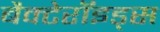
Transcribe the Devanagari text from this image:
बैक्टेरॉइड्स